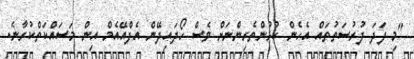
"މި ފަދަ ފުރުސަތުތައް އެހެން ކުޅުންތެރިންނަށް ވެސް ހޯދައިދޭން އެފްއޭއެމް އިން މަސައްކަތްކުރާނެ.